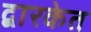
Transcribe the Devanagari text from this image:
द्वारकेत